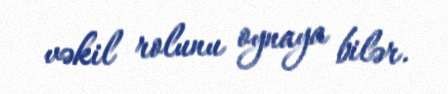
vəkil rolunu oynaya bilər.